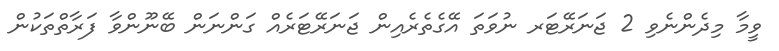
ވީމާ މިދެންނެވި 2 ޖަނަރޭޓަރ ނުވަތަ އޭގެތެރެއިން ޖަނަރޭޓަރެއް ގަންނަން ބޭނޫންވާ ފަރާތްތަކުން